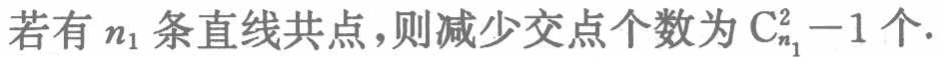
若有 \(n_1\) 条直线共点，则减少交点个数为 \(\mathrm{C}_{n_1}^{2}-1\) 个.